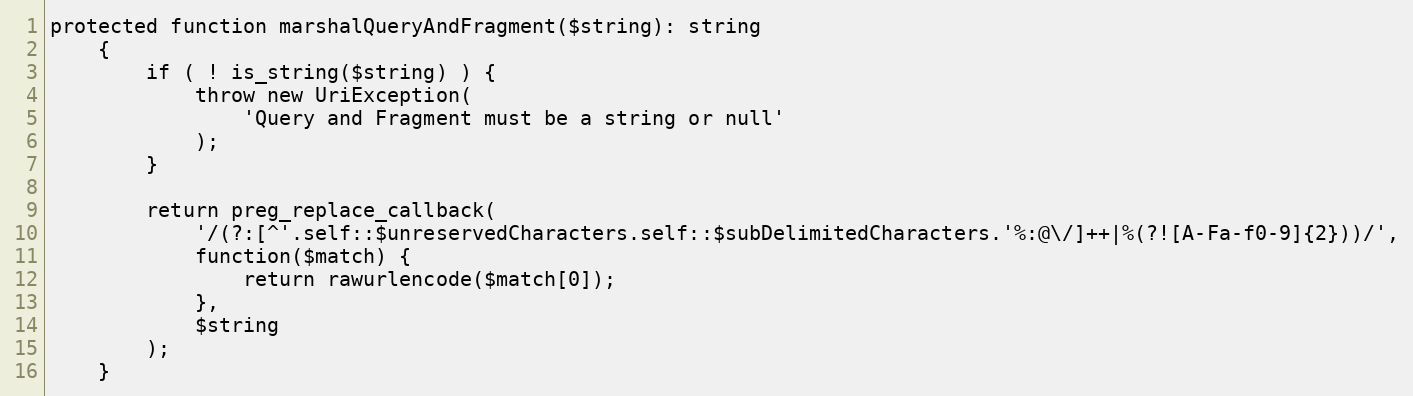
Language: PHP
protected function marshalQueryAndFragment($string): string
    {
        if ( ! is_string($string) ) {
            throw new UriException(
                'Query and Fragment must be a string or null'
            );
        }

        return preg_replace_callback(
            '/(?:[^'.self::$unreservedCharacters.self::$subDelimitedCharacters.'%:@\/]++|%(?![A-Fa-f0-9]{2}))/',
            function($match) {
                return rawurlencode($match[0]);
            },
            $string
        );
    }